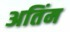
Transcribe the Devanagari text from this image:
अतिंम